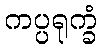
ကပ္ပရုက္ခံ